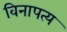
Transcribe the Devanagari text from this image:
विनापत्य